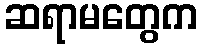
ဆရာမတွေက